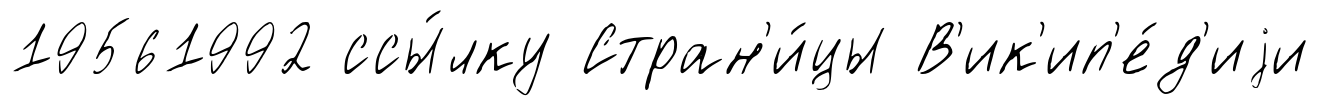
19561992 ссы́лку Стран'и́цы В'ик'ип'е́д'иjи